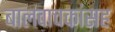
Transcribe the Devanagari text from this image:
बालवाचकांसह